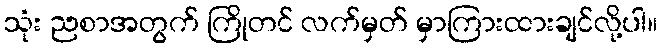
သုံး ညစာအတွက် ကြိုတင် လက်မှတ် မှာကြားထားချင်လို့ပါ။